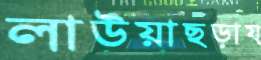
লাউয়াছড়ায়